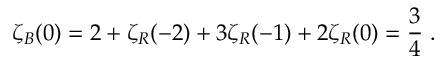
\zeta _ { \cal B } ( 0 ) = 2 + \zeta _ { R } ( - 2 ) + 3 \zeta _ { R } ( - 1 ) + 2 \zeta _ { R } ( 0 ) = { \frac { 3 } { 4 } } \; .